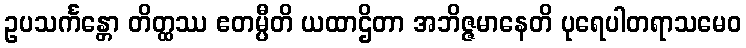
ဥပသင်္ကန္တော တိတ္ထဿ ဧတမ္ပီတိ ယထာဌိတာ အဘိဇ္ဇမာနေတိ ပုရေပါတရာသမေဝ